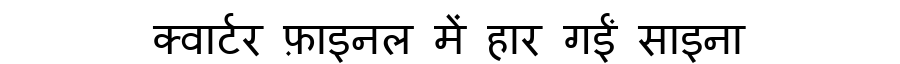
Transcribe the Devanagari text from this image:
क्वार्टर फ़ाइनल में हार गईं साइना